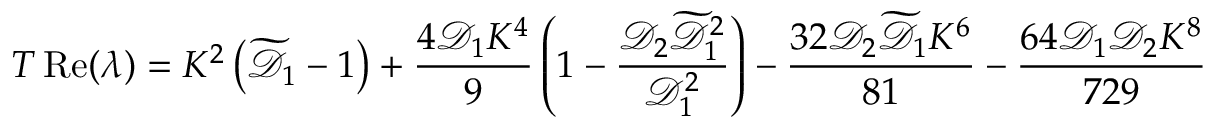
T \operatorname { R e } ( \lambda ) = K ^ { 2 } \left( \widetilde { \mathcal { D } } _ { 1 } - 1 \right) + \frac { 4 \mathcal { D } _ { 1 } K ^ { 4 } } { 9 } \left( 1 - \frac { \mathcal { D } _ { 2 } \widetilde { \mathcal { D } } _ { 1 } ^ { 2 } } { \mathcal { D } _ { 1 } ^ { 2 } } \right) - \frac { 3 2 \mathcal { D } _ { 2 } \widetilde { \mathcal { D } } _ { 1 } K ^ { 6 } } { 8 1 } - \frac { 6 4 \mathcal { D } _ { 1 } \mathcal { D } _ { 2 } K ^ { 8 } } { 7 2 9 }